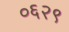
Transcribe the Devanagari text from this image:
०६२९